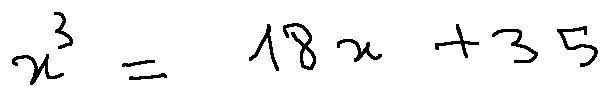
x ^ { 3 } = 1 8 x + 3 5